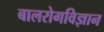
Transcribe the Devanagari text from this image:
बालरोगविज्ञान